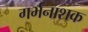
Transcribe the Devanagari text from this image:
गर्भनाशक